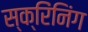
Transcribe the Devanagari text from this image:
स्क्रिंनिंग